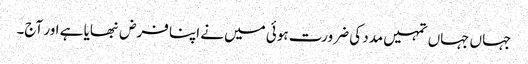
جہاں جہاں تمہیں مدد کی ضرورت ہوئی میں نے اپنا فرض نبھایا ہے اور آج۔